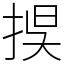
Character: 捑